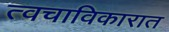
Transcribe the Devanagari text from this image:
त्वचाविकारात